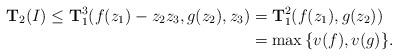
LaTeX: \begin{align*}{\bf T}_2(I)\leq {\bf T}^3_1(f(z_1)-z_2z_3,g(z_2),z_3)&={\bf T}^2_1(f(z_1), g(z_2))\\&=\max\,\{v(f),v(g)\}.\end{align*}